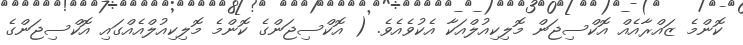
ކޮންމެ ޒައްރާއެއް އޮކްސިޖަން މޮލިކިއުލްއަކާ އެކުވެއެވެ. ( އޮކްސިޖަންގެ ކޮންމެ މޮލިކިއުލްއެއްގައި އޮކްސިޖަންގެ